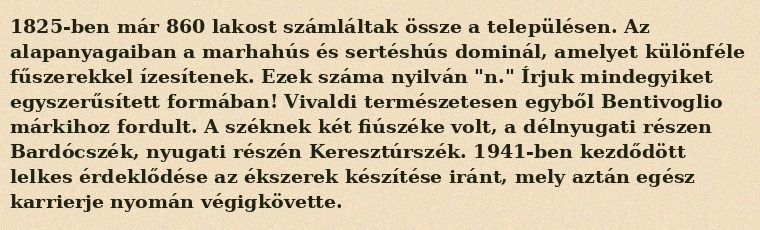
1825-ben már 860 lakost számláltak össze a településen. Az alapanyagaiban a marhahús és sertéshús dominál, amelyet különféle fűszerekkel ízesítenek. Ezek száma nyilván "n." Írjuk mindegyiket egyszerűsített formában! Vivaldi természetesen egyből Bentivoglio márkihoz fordult. A széknek két fiúszéke volt, a délnyugati részen Bardócszék, nyugati részén Keresztúrszék. 1941-ben kezdődött lelkes érdeklődése az ékszerek készítése iránt, mely aztán egész karrierje nyomán végigkövette.